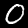
Digit: 0